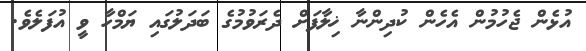
އުޅެން ޖެހުމުން އެހެން ކުދިންނާ ޚިލާފަށް ދެރަވުމުގެ ބަދަލުގައި ޔަމްހާ ވީ އުފަލެވެ.